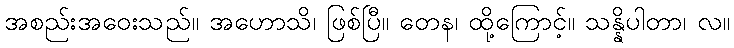
အစည်းအဝေးသည်။ အဟောသိ၊ ဖြစ်ပြီ။ တေန၊ ထို့ကြောင့်။ သန္နိပါတာ၊ လ။